Regulations for the medical services of the Army of India
Year: 1930
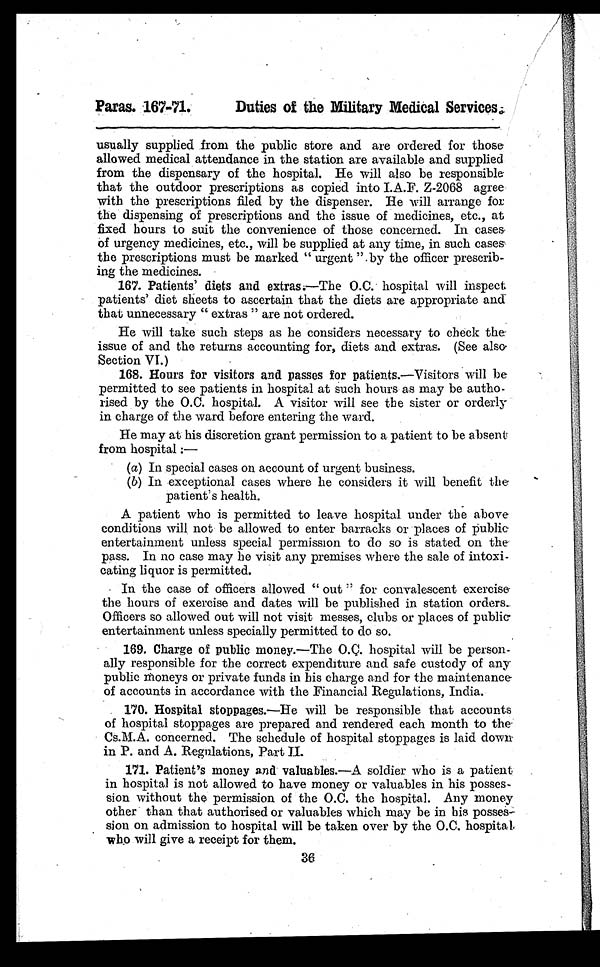
Pans. 167-71.
Duties of the Military Medical Services
.
usually supplied from the public store and are ordered for those
allowed medical attendance in the station are available and supplied
from the dispensary of the hospital. He will also be responsible
that the outdoor prescriptions as copied into I.A.F. Z-2068 agree
with the prescriptions filed by the dispenser. He will arrange for
the dispensing of prescriptions and the issue of medicines, etc., at
fixed hours to suit the convenience of those concerned. In cases
of urgency medicines, etc., will be supplied at any time, in such cases
the prescriptions must be marked "urgent" .by the officer prescrib-
ing the medicines.
167. Patients' diets and extras. —The O.C. hospital will inspect
patients' diet sheets to ascertain that the diets are appropriate and
that unnecessary "extras" are not ordered.
He will take such steps as he considers necessary to check the
issue of and the returns accounting for, diets and extras. (See also
Section VI.)
168. Hours for visitors and passes for patients. —Visitors will be
permitted to see patients in hospital at such hours as may be autho-
rised by the O.C. hospital. A visitor will see the sister or orderly
in charge of the ward before entering the ward.
He may at his discretion grant permission to a. patient to be absent
from hospital
:—
(a) In special cases on account of urgent business.
(b) In exceptional cases where he considers it will benefit the
patient's health.
A patient who is permitted to leave hospital under the above
conditions will not be allowed to enter barracks or places of public
entertainment unless special permission to do so is stated on the
pass. In no case may he visit any premises where the sale of intoxi-
cating liquor is permitted.
In the case of officers allowed "out" for convalescent exercise
the hours of exercise and dates will be published in station orders.
Officers so allowed out will not visit messes, clubs or places of public
entertainment unless specially permitted to do so.
169. Charge of public money. —The O.C. hospital will be person-
ally responsible for the correct expenditure and safe custody of any
public moneys or private funds in his charge and for the maintenance
of accounts in accordance with the Financial Regulations, India.
170. Hospital stoppages. —He will be responsible that accounts
of hospital stoppages are prepared and rendered each month to the
Cs.M.A. concerned. The schedule of hospital stoppages is laid down
in P. and A. Regulations, Part II.
171. Patient's money and valuables.—A soldier who is a patient
in hospital is not allowed to have money or valuables in his posses-
sion without the permission of the O.C. the hospital. Any money
other than that authorised or valuables which may be in his posses-
sion on admission to hospital will be taken over by the O.C. hospital
who will give a receipt for them.
36